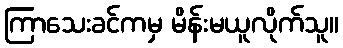
ကြာသေးခင်ကမှ မိန်းမယူလိုက်သူ။